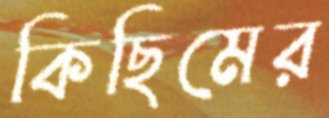
কিছিমের